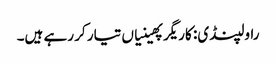
راولپنڈی: کاریگر پھینیاں تیار کر رہے ہیں۔